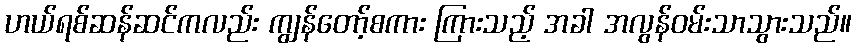
ဟယ်ရစ်ဆန်ဆင်ကလည်း ကျွန်တော့်စကား ကြားသည့် အခါ အလွန်ဝမ်းသာသွားသည်။